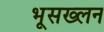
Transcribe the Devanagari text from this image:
भूसख्लन